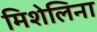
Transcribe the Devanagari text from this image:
मिशेलिना